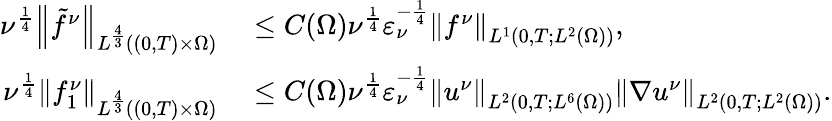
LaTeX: \begin{array}{rl}{\nu^{\frac 14}\left\lVert\tilde{f}^{\nu}\right\rVert_{L^{\frac 43}((0,T)\times\Omega)}}&{{}\le C(\Omega)\nu^{\frac 14}\varepsilon_{\nu}^{-\frac 14}\left\lVert f^{\nu}\right\rVert_{L^{1}(0,T;L^{2}(\Omega))},}\\ {\nu^{\frac 14}\left\lVert f_{1}^{\nu}\right\rVert_{L^{\frac 43}((0,T)\times\Omega)}}&{{}\le C(\Omega)\nu^{\frac 14}\varepsilon_{\nu}^{-\frac 14}\left\lVert u^{\nu}\right\rVert_{L^{2}(0,T;L^{6}(\Omega))}\left\lVert\nabla u^{\nu}\right\rVert_{L^{2}(0,T;L^{2}(\Omega))}.}\end{array}